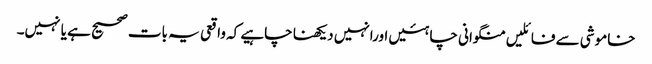
خاموشی سے فائلیں منگوانی چاہئیں اورانہیں دیکھنا چاہیے کہ واقعی یہ بات صحیح ہے یا نہیں۔